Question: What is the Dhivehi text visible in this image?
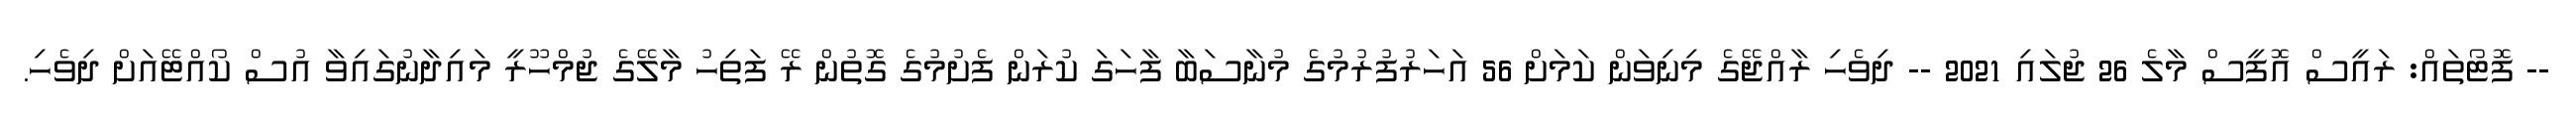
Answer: -- ފޮޓޯތައް: ރައީސް އޮފީސް މާލެ 26 ޖުލައި 2021 -- ދިވެހި ރާއްޖޭގެ މިނިވަން ކަމަށް 56 އަހަރުފުރުމުގެ މުނާސަބާ ފާހަގަ ކުރަން ފެށުމުގެ ގޮތުން ރޭ ފަތިހު މާލޭގެ ޖުމްހޫރީ މައިދާނުގައިވާ އުސް ކޯއްޓޭއަށް ދިވެހި.